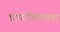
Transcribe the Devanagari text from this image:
डायटेशियनचा